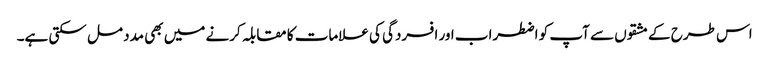
اس طرح کے مشقوں سے آپ کو اضطراب اور افسردگی کی علامات کا مقابلہ کرنے میں بھی مدد مل سکتی ہے۔